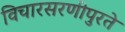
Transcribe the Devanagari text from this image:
विचारसरणीपुरते